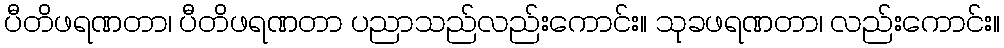
ပီတိဖရဏတာ၊ ပီတိဖရဏတာ ပညာသည်လည်းကောင်း။ သုခဖရဏတာ၊ လည်းကောင်း။